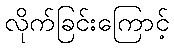
လိုက်ခြင်းကြောင့်